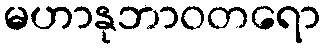
မဟာနုဘာဝတရော